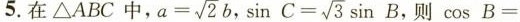
5.在△ABC中， a= \sqrt{2}b , C=\sqrt{3} sin B，则cos B=